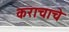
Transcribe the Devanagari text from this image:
कराचाचे